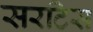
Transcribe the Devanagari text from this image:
सरटिस